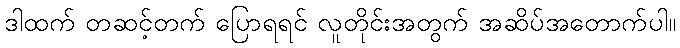
ဒါထက် တဆင့်တက် ပြောရရင် လူတိုင်းအတွက် အဆိပ်အတောက်ပါ။